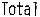
TOTAL